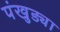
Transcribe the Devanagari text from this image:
पंखुड्या